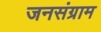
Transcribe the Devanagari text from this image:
जनसंग्राम